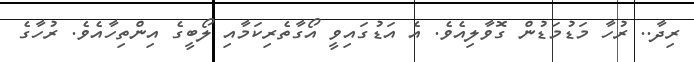
ރިދާ.. ރުހާ މަޑުމަޑުން ގޮވާލިއެވެ. އެ އަޑުގައިވީ އޯގާތެރިކަމާއި ލޯބީގެ އިންތިހާއެވެ. ރުހާގެ